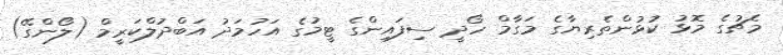
މެޗުގެ މޮޅު ކުޅުންތެރިޔާގެ މަގާމް ހޯދީ ސިފައިންގެ ޓީމުގެ އަހުމަދު އަބްދުލްކަރީމް (ލޯންގޭ)